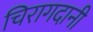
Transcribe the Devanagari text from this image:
चिरागदानी